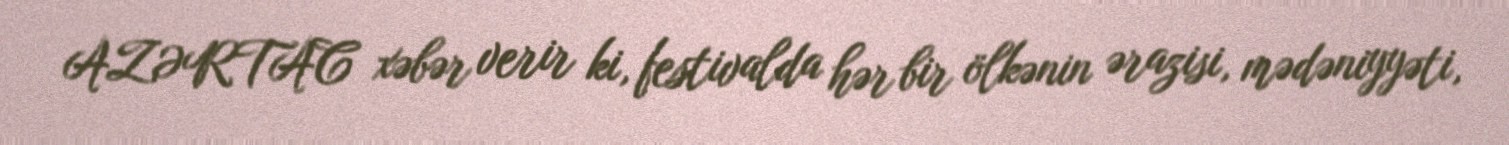
AZƏRTAC xəbər verir ki, festivalda hər bir ölkənin ərazisi, mədəniyyəti,